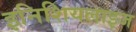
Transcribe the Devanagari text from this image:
इनिशियलाइज